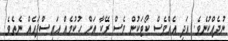
ނުދެއްކުނެވެ. އަދި އެއްވެސް ކޯޓަކުން ވެސް ރޭކާ އަށް ހުކުމެއް އައިސްފައެއް ނެތެވެ.